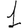
Digit: 1